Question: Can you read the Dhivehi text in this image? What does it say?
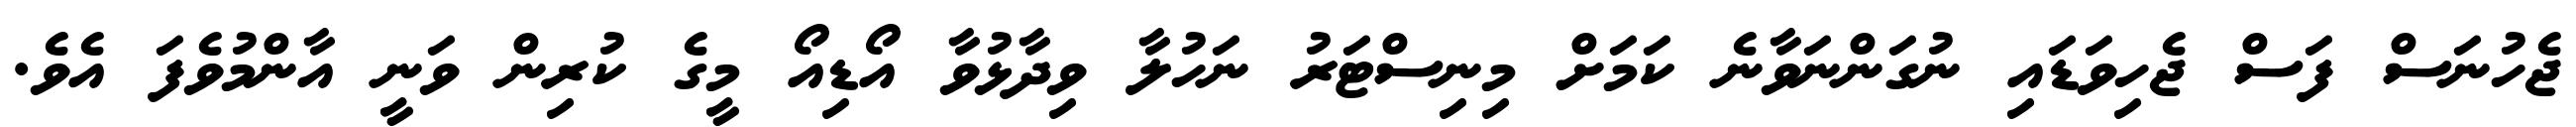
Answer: ޖެހުނަސް ފަސް ޖެހިވަޑައި ނުގަންނަވާނެ ކަމަށް މިނިސްޓަރު ނަހުލާ ވިދާޅުވާ އޯޑިއޯ މީގެ ކުރިން ވަނީ އާންމުވެފަ އެވެ.